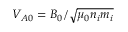
V _ { A 0 } = B _ { 0 } / \sqrt { \mu _ { 0 } n _ { i } m _ { i } }